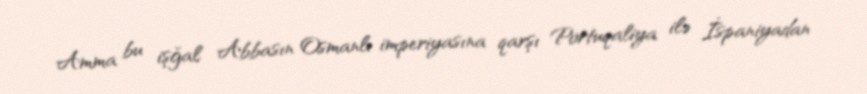
Amma bu işğal Abbasın Osmanlı imperiyasına qarşı Portuqaliya ilə İspaniyadan